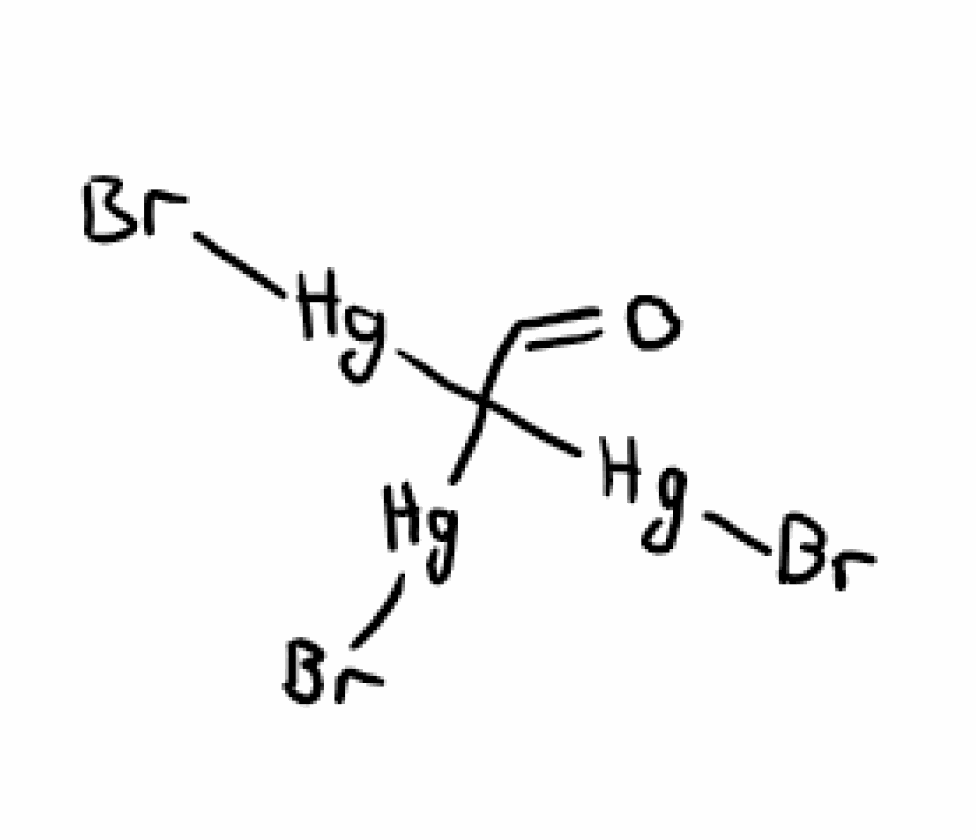
Simplified molecular-input line-entry system (SMILES) notation of the given molecule:
C(=O)C([Hg]Br)([Hg]Br)[Hg]Br